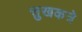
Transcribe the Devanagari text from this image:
सुखकत्रे